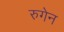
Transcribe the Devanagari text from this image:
रुगेन